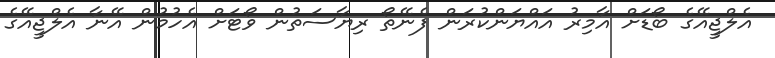
އެލްޖީއޭގެ ބޯޑަށް އާމިރު އައްޔަންކުރަން ފެނޭތޯ ރިޔާސަތުން ވޯޓަށް އެހުމުން އޭނާ އެލްޖީއޭގެ